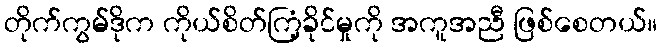
တိုက်ကွမ်ဒိုက ကိုယ်စိတ်ကြံ့ခိုင်မှုကို အကူအညီ ဖြစ်စေတယ်။